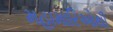
મહામારિઓથી